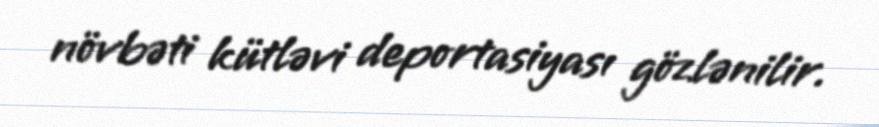
növbəti kütləvi deportasiyası gözlənilir.